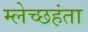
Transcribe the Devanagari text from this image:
म्लेच्छहंता